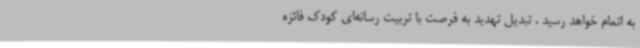
به اتمام خواهد رسید . تبدیل تهدید به فرصت با تربیت رسانه‌ای کودک فائزه